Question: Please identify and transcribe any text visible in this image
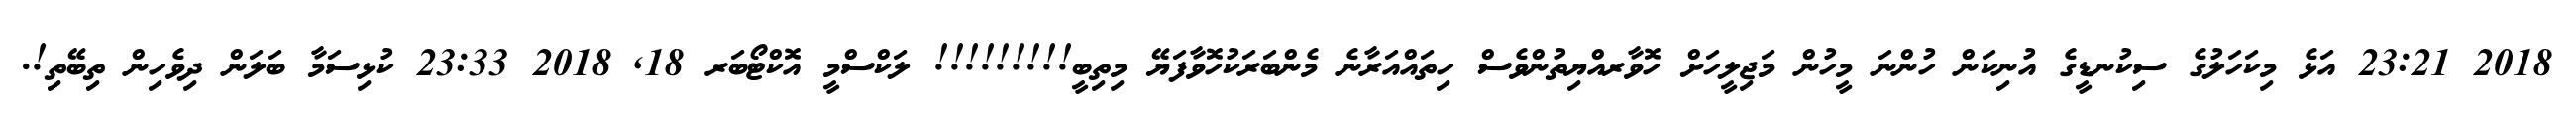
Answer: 2018 23:21 އަޅެ މިކަހަލުގެ ސިކުނޑީގެ އުނިކަން ހުންނަ މީހުން މަޖިލީހަށް ހޮވާރއްޔިތުންވެސް ހިތައްއަރާނެ މެންބަރަކުހޮވާފަޔޭ މިތިބީ!!!!!!!!! ލަކްސްމީ އޮކްޓޯބަރ 18, 2018 23:33 ކުޅިސަމާ ބަލަން ދިވެހިން ތިބޭތި!.